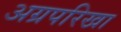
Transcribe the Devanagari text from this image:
अग्रपरिखा